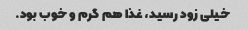
خیلی زود رسید، غذا هم گرم و خوب بود.